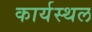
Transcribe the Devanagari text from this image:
कार्यस्‍थल